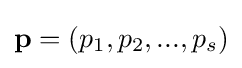
\mathbf {p} =(p_{1},p_{2},...,p_{s})